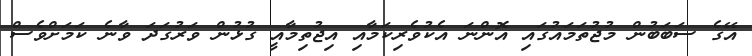
އޭގެ ސަބަބުން މުޖުތަމައުގައި އޮންނަ އެކުވެރިކަމާއި އިޖުތިމާއީ ގުޅުން ވަރުގަދަ ވާނެ ކަމަށްވެސް